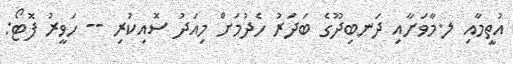
އުތީމާއި ލ.މާވަށާއި ދަނބިދޫގެ ބަދަރު ހެދުމަށް މިއަދު ސޮއިކުރި -- ހަވީރު ފޮޓޯ: